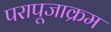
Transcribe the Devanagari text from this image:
परापूजाक्रम